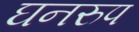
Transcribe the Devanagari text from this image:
घनरुप